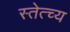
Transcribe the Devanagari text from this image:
स्तेत्च्य